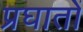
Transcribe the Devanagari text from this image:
प्रघातों